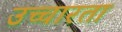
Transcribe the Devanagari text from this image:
उच्चारता